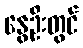
နွေဦးတွင်